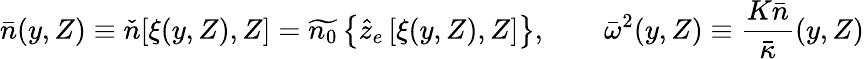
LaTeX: \bar{n}(y,Z)\equiv\check{n}[\xi(y,Z),Z]=\widetilde{n_{0}}\left\{ \hat{z}_{e}\left[\xi(y,Z),Z\right]\right\} ,\qquad{\bar{\omega}}^{2}(y,Z)\equiv\frac{K\bar{n}}{\bar{\kappa}}(y,Z)